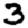
Digit: 3